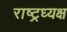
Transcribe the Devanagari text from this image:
राष्ट्रध्यक्ष